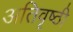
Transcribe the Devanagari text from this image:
अतिवृष्ठी